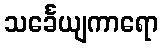
သင်္ခေယျကာရော